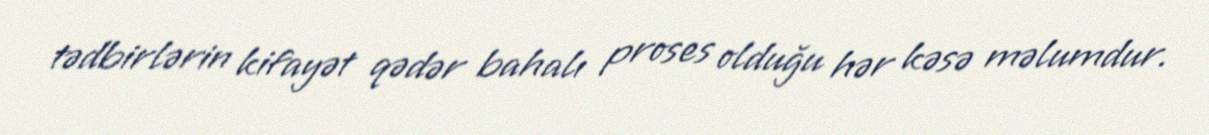
tədbirlərin kifayət qədər bahalı proses olduğu hər kəsə məlumdur.